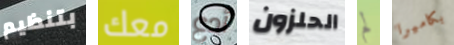
بتنظيم معك أدع الحلزون لم بكاميرا